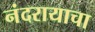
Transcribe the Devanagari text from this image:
नंदरायाचा